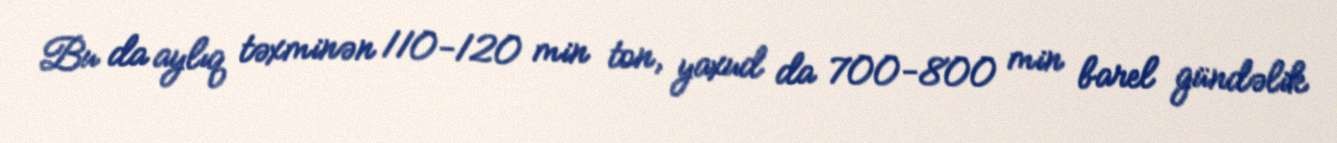
Bu da aylıq təxminən 110-120 min ton, yaxud da 700-800 min barel gündəlik